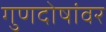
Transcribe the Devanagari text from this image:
गुणदोषांवर